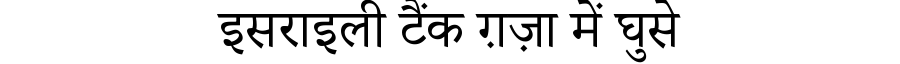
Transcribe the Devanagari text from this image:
इसराइली टैंक ग़ज़ा में घुसे